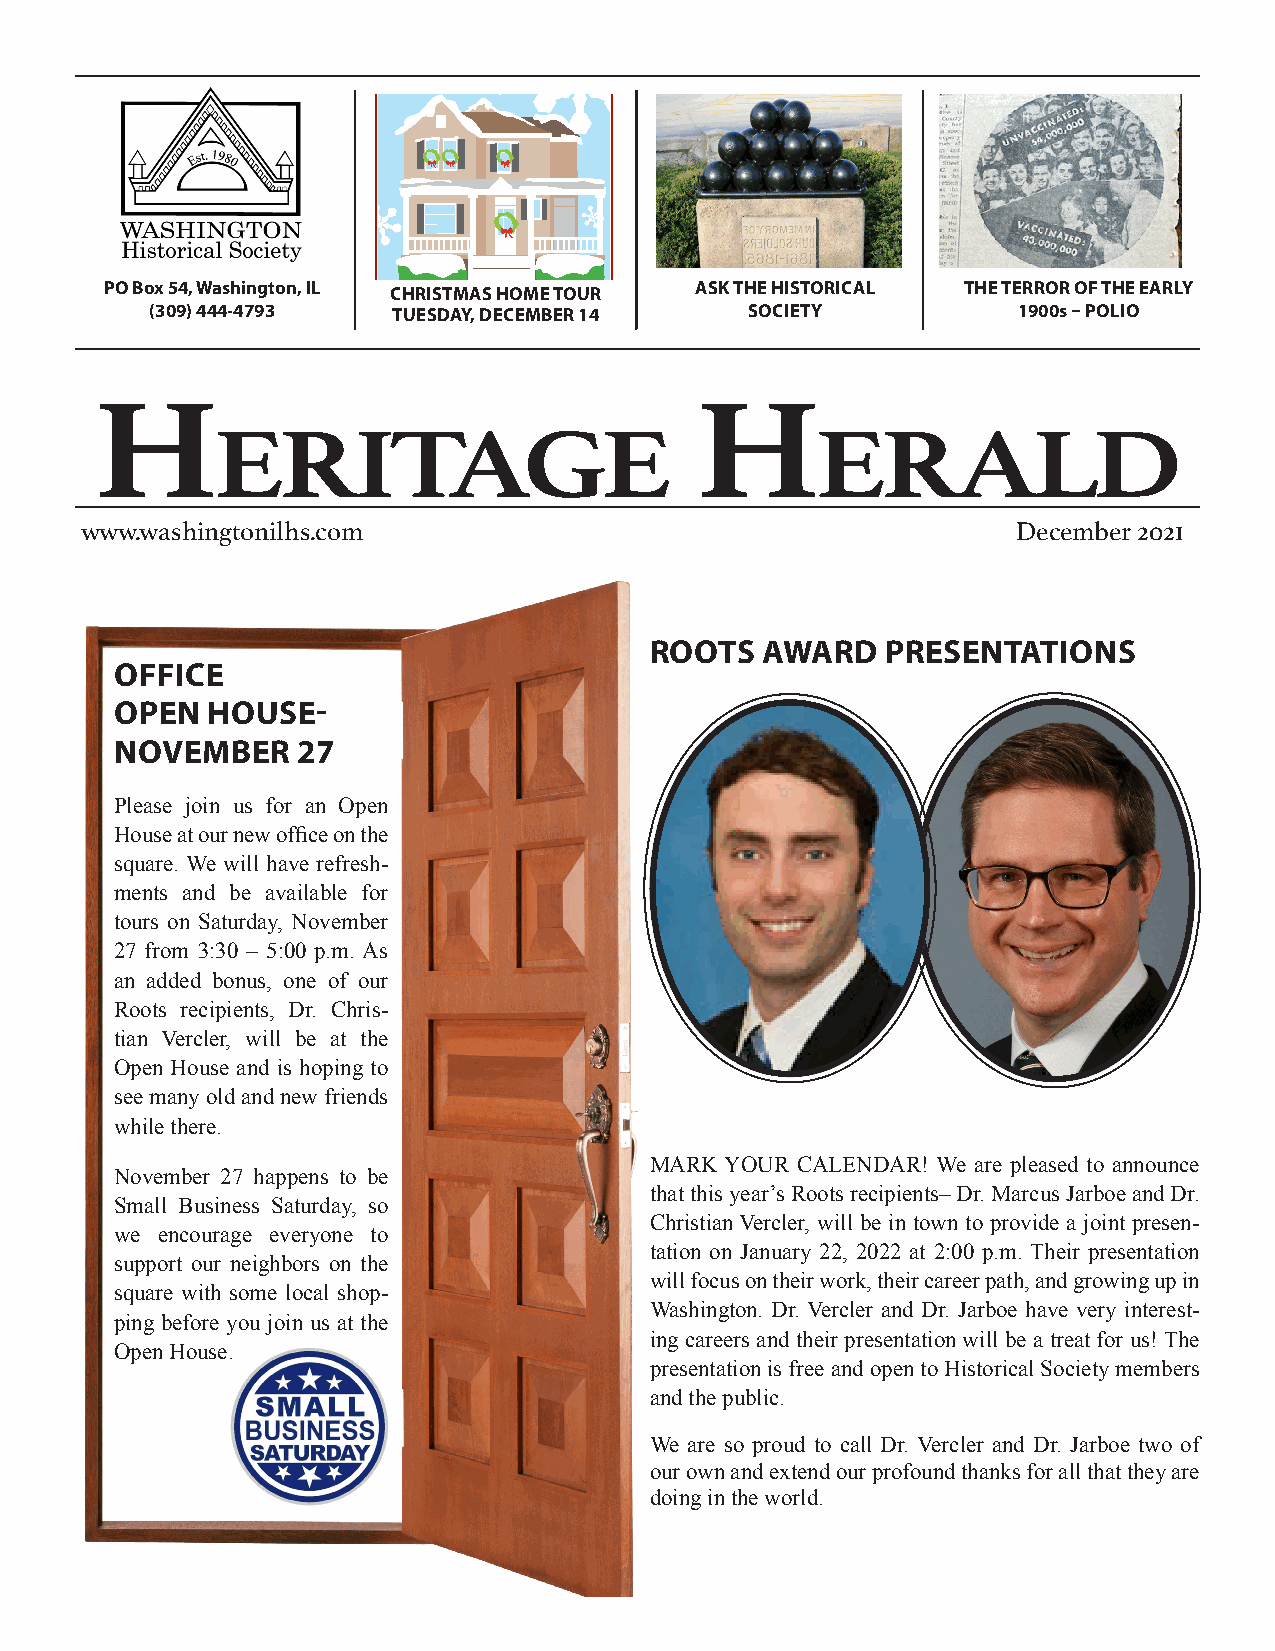
Tour Checklist
 Washington Historical Society’s
 ___ The Blumenshine House -­‐ 9 Bishops Ct.
 ___ The Bour House – 601 Victoria Dr.
 ___ The Larson house – 202 South Market St..
 ___ The Nieukirk House – 611 North Main St.
 ___ The Pauli House -­‐ 5 Wisteria Way
 ___ The Zinser House -­‐ 105 Zinser Place
 DINE FOR HISTORY
 Denharts and Blacksmith Steakhouse
 will donate 10% of their pre-tax sales
 on the DAY O F THE TOUR
 PtoO t hBe oWxa s5hi4ng, tWon aHsishtoirnicgalt Soocnie,t yIL CHRISTMAS HOME TOUR ASK THE HISTORICAL THE TERROR OF THE EARLY
 (309) 444-4793  TUESDAY, DECEMBER 14    SOCIETY          1900s – POLIO
 Open 7-2 Tuesday – Saturday Open 4-9 Monday – Saturday
 Sunday 9-2 • Closed Monday Closed Sunday
 309 444-2200 309 444-5111
 H101 Washington Square                  H
 eritage                                 erald
 www.washingtonilhs.com                                        December 2021
 ROOTS  AWARD    PRESENTATIONS
 OFFICE
 OPEN  HOUSE-
 NOVEMBER    27
 Please join us for an Open
 House at our new office on the
 square. We will have refresh-
 ments and be available for
 tours on Saturday, November
 27 from 3:30 – 5:00 p.m. As
 an added bonus, one of our
 Roots recipients, Dr. Chris-
 tian Vercler, will be at the
 Open House and is hoping to
 see many old and new friends
 while there.
 MARK YOUR CALENDAR! We are pleased to announce
 November 27 happens to be
 that this year’s Roots recipients– Dr. Marcus Jarboe and Dr.
 Small Business Saturday, so
 Christian Vercler, will be in town to provide a joint presen-
 we encourage everyone to
 tation on January 22, 2022 at 2:00 p.m. Their presentation
 support our neighbors on the
 will focus on their work, their career path, and growing up in
 square with some local shop-
 Washington. Dr. Vercler and Dr. Jarboe have very interest-
 ping before you join us at the
 ing careers and their presentation will be a treat for us! The
 Open House.
 presentation is free and open to Historical Society members
 and the public.
 We are so proud to call Dr. Vercler and Dr. Jarboe two of
 our own and extend our profound thanks for all that they are
 doing in the world.